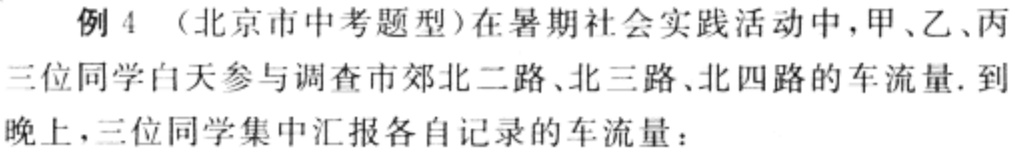
例 4 （北京市中考题型）在暑期社会实践活动中，甲、乙、丙三位同学白天参与调查市郊北二路、北三路、北四路的车流量. 到晚上，三位同学集中汇报各自记录的车流量：